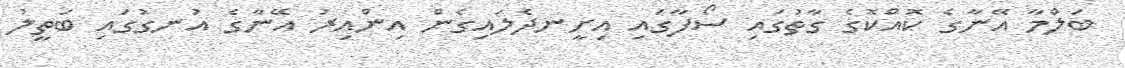
ބަލްމާ އޭނާގެ ކޮއްކޮގެ ގާތުގައި ސޯފާގައި އިށީނދެލައިގެން އިންއިރު އޭނާގެ އުނގުގައި ބަތީލު